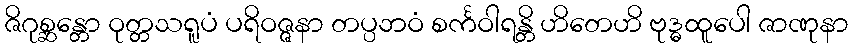
ဇိဂုစ္ဆန္တော ဝုတ္တသရူပံ ပရိဝဇ္ဇနာ တပ္ပဘဝံ စင်္ကဝါရန္တိ ဟိတေဟိ ဗုဒ္ဓထူပေါ ဇာဏုနာ